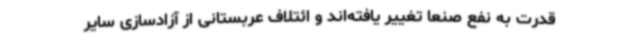
قدرت به نفع صنعا تغییر یافته‌اند و ائتلاف عربستانی از آزادسازی سایر